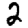
Digit: 2